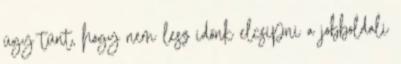
úgy tűnt, hogy nem lesz időnk elcsípni a jobboldali